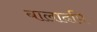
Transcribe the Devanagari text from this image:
बालादपि